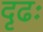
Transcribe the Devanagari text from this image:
दृढः